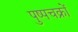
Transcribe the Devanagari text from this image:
पुष्पचक्रों